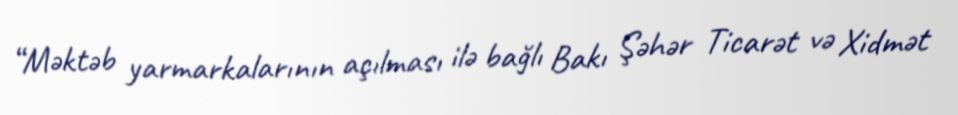
“Məktəb yarmarkalarının açılması ilə bağlı Bakı Şəhər Ticarət və Xidmət